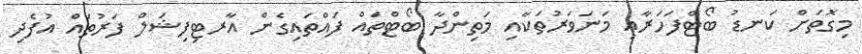
މިގޮތަށް ކަނޑު ބޯޓްފަހަރާއި މަނަވަރުތަކާއި މަތިންދާ ބޯޓްތައް ފައްތައިގެން އާރޓިފިޝަލް ފަރުތައް އުފެދި